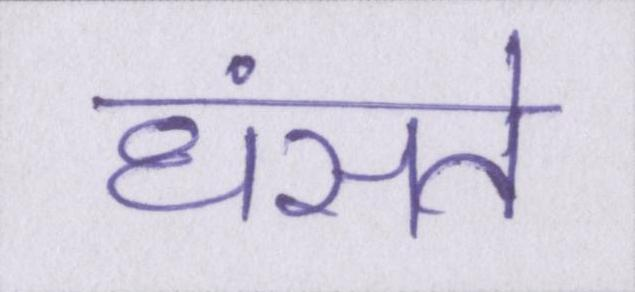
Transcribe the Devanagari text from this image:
धंसते